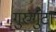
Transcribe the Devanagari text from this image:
गुरुगुंटा